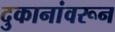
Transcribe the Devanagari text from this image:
दुकानांवरून